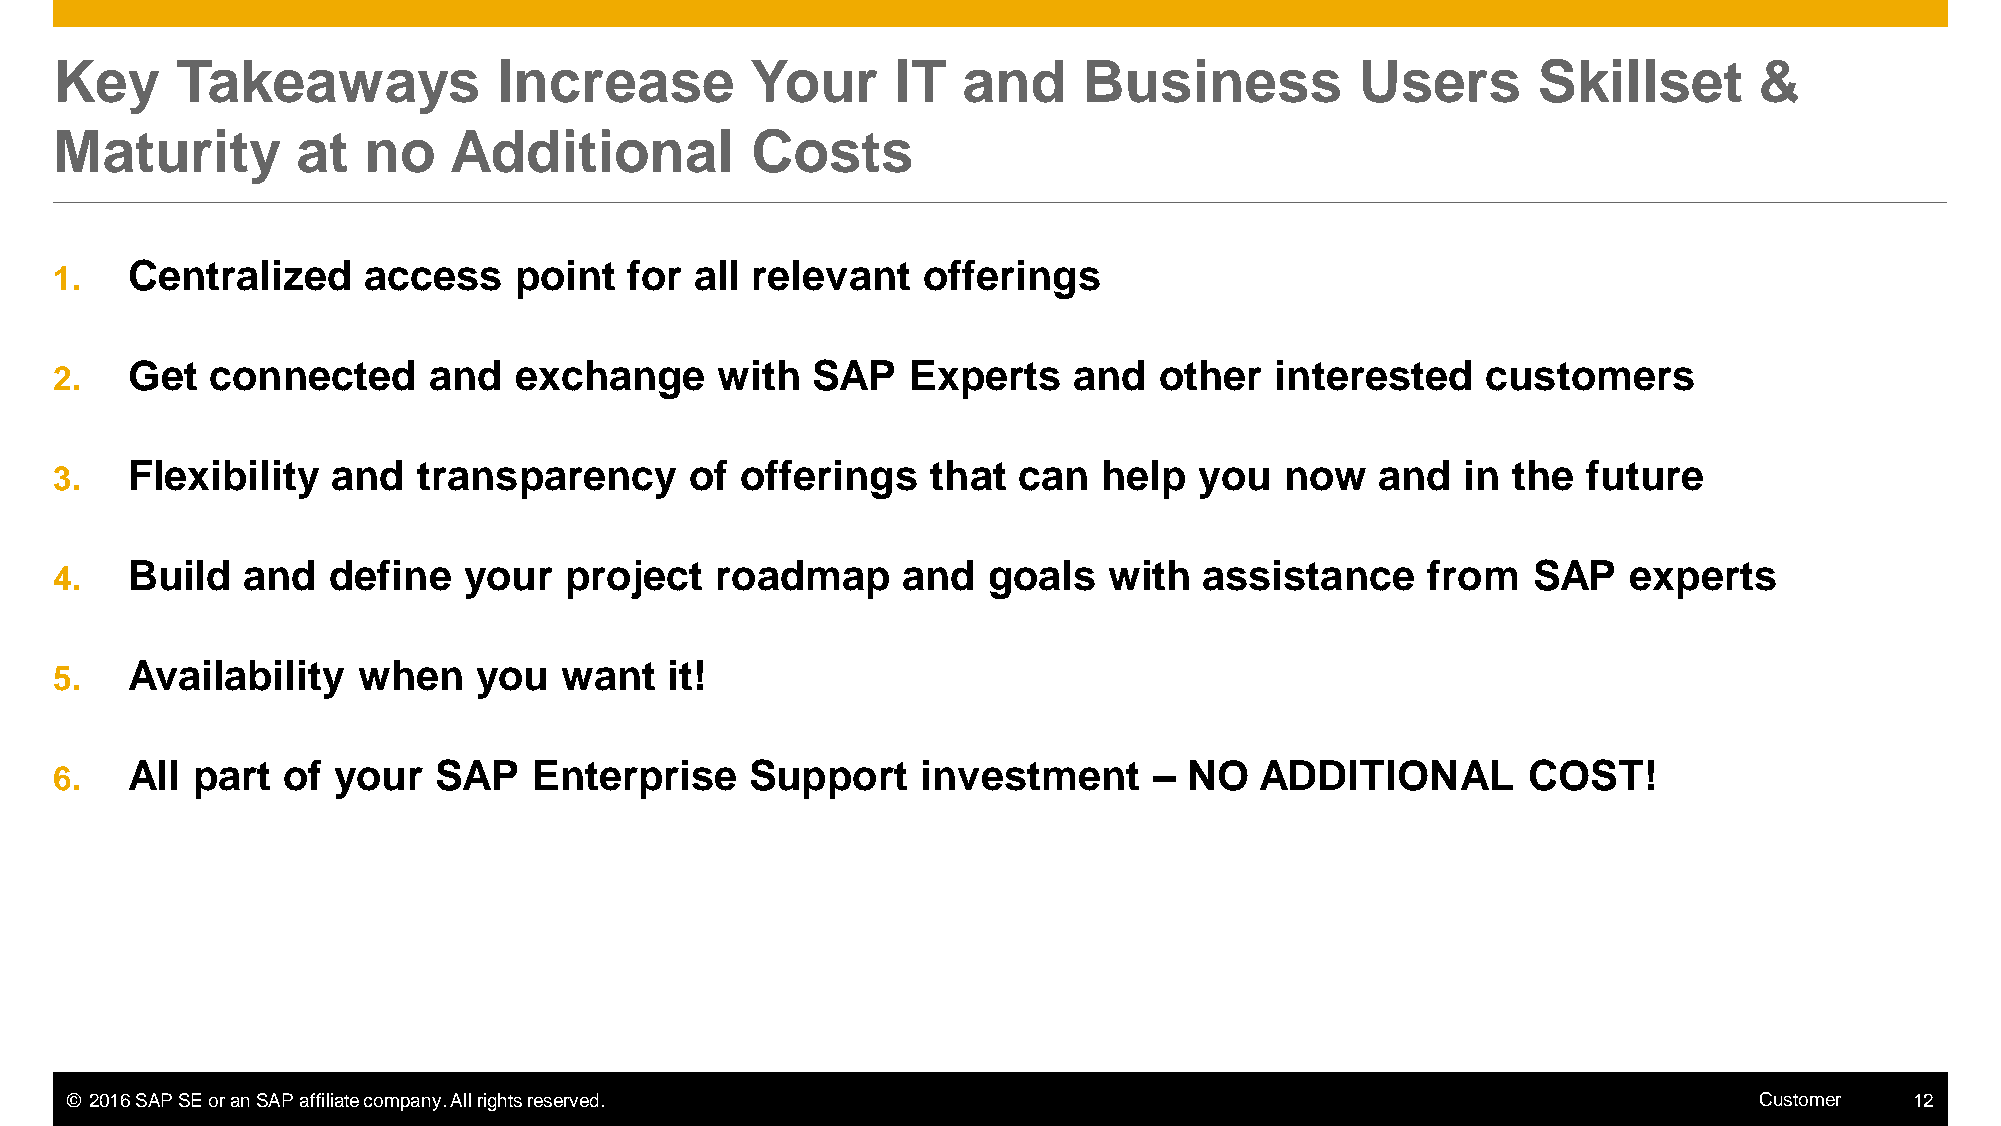
Key     Takeaways            Increase         Your     IT   and     Business          Users       Skillset      &
 Maturity        at  no    Additional          Costs
 Centralized     access    point   for all relevant   offerings
 1.
 Get   connected     and   exchange      with  SAP   Experts    and   other  interested    customers
 2.
 Flexibility   and   transparency      of offerings    that can   help  you   now   and   in the  future
 3.
 Build   and   define   your  project   roadmap      and  goals   with   assistance    from   SAP    experts
 4.
 Availability    when   you   want   it!
 5.
 All  part  of your   SAP   Enterprise     Support    investment     –  NO  ADDITIONAL        COST!
 6.
 © 2016 SAP SE or an SAP affiliate company. All rights reserved.                                                 Customer   12